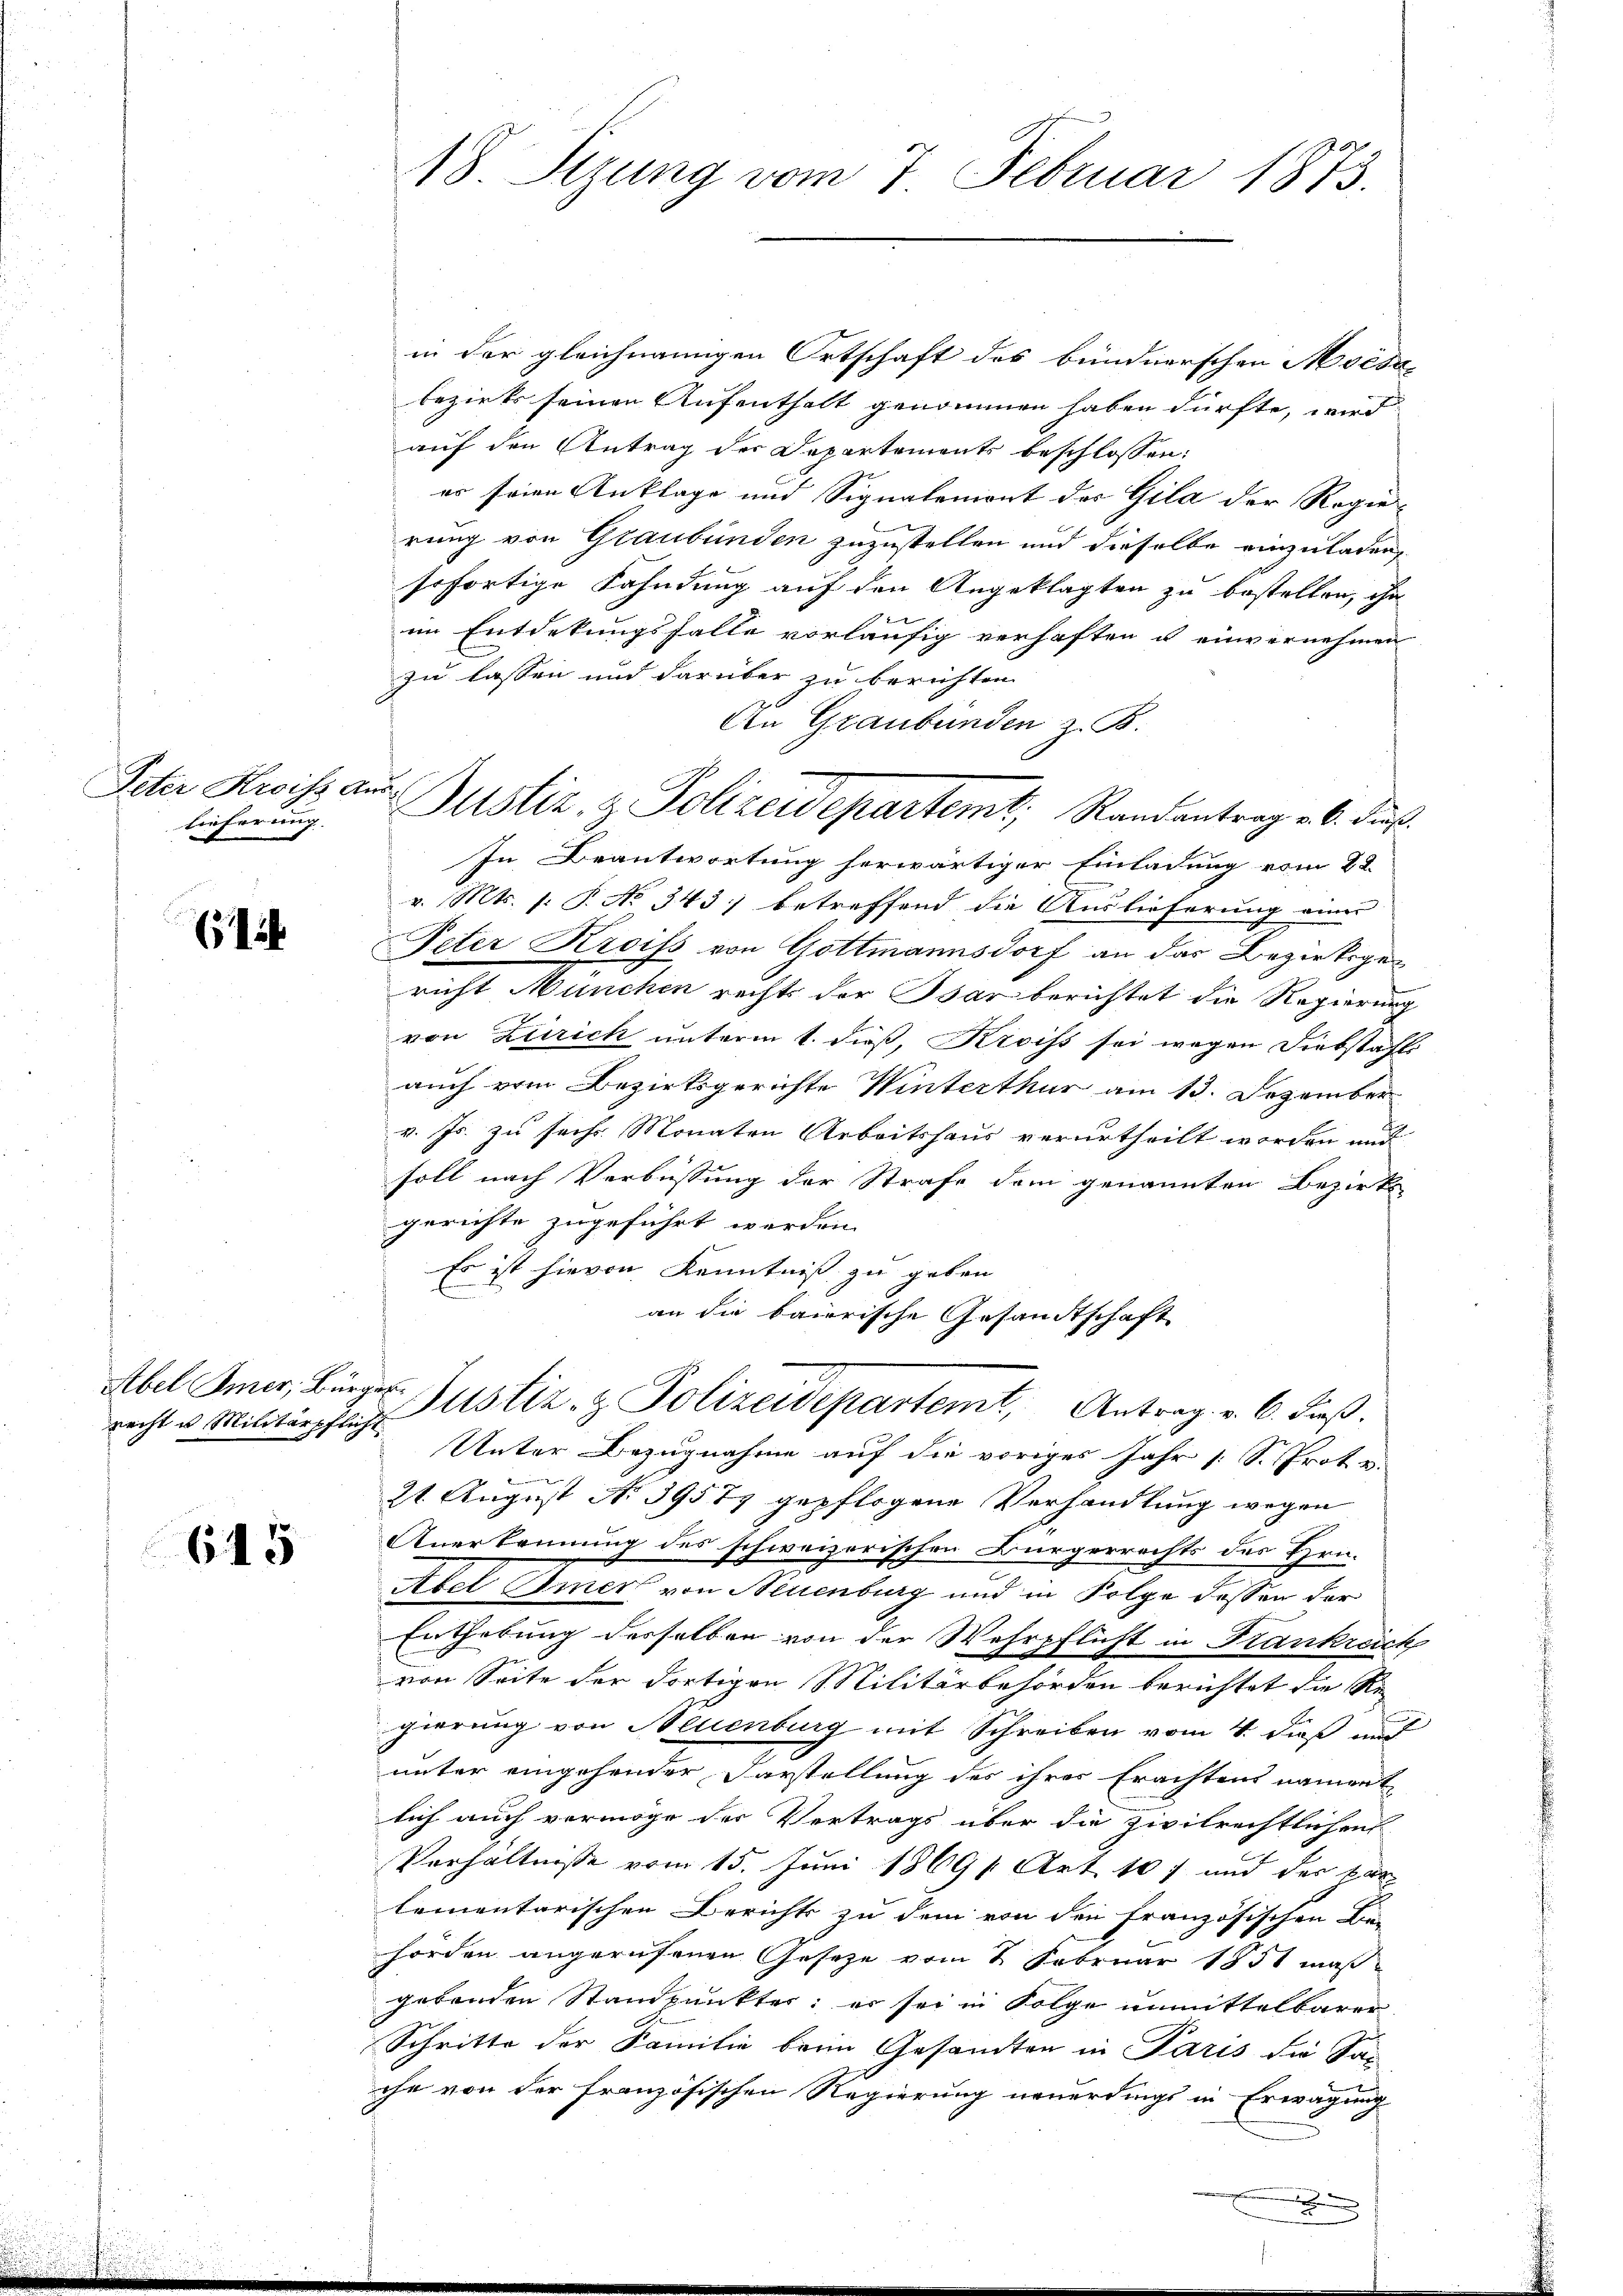
Peter Kroiss aus
lieferung. |

(

d
recht u. Militärpflicht

645

18. Sizung vom 7. Februar 1873.

in der gleichnamigen Ortschaft des bündnerschen Moisa
bezirks seinen Aufenthalt genommen haben dürfte, wird
auf den Antrag der Departements beschlossen:
er seien Anklage und Signalemont des Gila der Regie-
rung von Graubünden zuzustellen und dieselbe einzuladen,
sofortige Fahndung auf den Angeklagten zu bestellen, ihn
2x
im Entdekungsfalle vorläufig verhaften u einvernehmen
zu lassen und darüber zu berichten.
An Graubünden z. B.
2
In Beantwortung herwärtiger Einladung vom 22.
v. Mts. s: P. No 343) betreffend die Auslieferung einer
Peter Kreiss von Gottmannsdorf an das Bezirksgericht München rechts der Bar berichtet die Regierung
von Zürich unterm 1. dieß, Kreiss sei wegen Diebstaft-
auch vom Bezirksgerichte Winterthur am 13. Dezember
v. Js. zu sechs Monaten Arbeitshaus verurtheilt worden und
soll nach Verbüssung der Strafe dem genannten Bezirks-
gerichte zugeführt werden.
Es ist hievon Kenntniß zu geben
an die baierische Gesandtschaft
Abel Amer, Bürger Justiz- & Polizeidepartemt, Antrag v. 6. Fuß.
Unter Bezugnahme auf die voriges Jahr [S. Prot u.

21. August No 3957 gepflogene Verhandlung wegen
Anerkennung des schweizerischen Bürgerrechts des Hrn.
Abel Ammer von Neuenburg und in Folge dessen der
Enthebung desselben von der Wehrpflicht in Frankreich
von Seite der dortigen Militärbehörden berichtet die Re
gierung von Neuenburg mit Schreiben vom 4. dieß und
unter eingehender Darstellung des ihres Erachtens nament
lich auch vermöge der Vertrags über die Zivilrechtlichen
Verhältnisse vom 15. Juni 1869 Art. 107 und der kan
lementarischen Berichts zu dem von den Französischen Bie-
hörden angerufenen Gesetze vom 1 Februar 1851 maßgebenden Standpunktes; er sei in Folge unmittelbarer
Schritte der Familie beim Gesandten in Paris die Sac
f
che von der französischen Regierung neuerdings in Erwägung

Bustiz- & Polizeidepartemt, Randantrag v. 6. dieß.